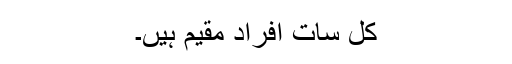
کل سات افراد مقیم ہیں۔